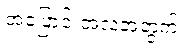
အပြောင်းအလဲအတွက်